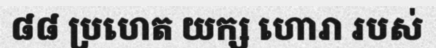
៨៨ ប្រហេត យក្ស ហោរា របស់